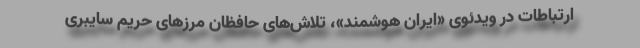
ارتباطات در ویدئوی «ایران هوشمند»، تلاش‌های حافظان مرزهای حریم سایبری